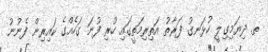
ތ. ދިޔަމިގިލީ ހުޅަނގު ފަރާތު އަތިރިމަތީގައި ހުރި ފުނަ ގަހެއްގެ ކައިރިން ފެނުނު